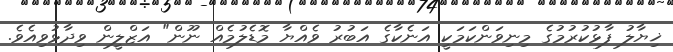
ޚިޔާލު ފާޅުކުރުމުގެ މިނިވަންކަމަކީ އަނެކާގެ އަބުރު ވެއްޔާ މޮޑެލުމެއް ނޫން" އަޒްލީން ވިދާޅުވިއެވެ.